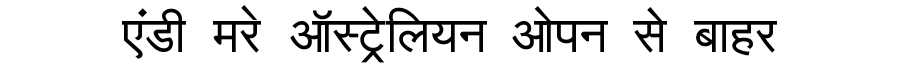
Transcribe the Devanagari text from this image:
एंडी मरे ऑस्ट्रेलियन ओपन से बाहर